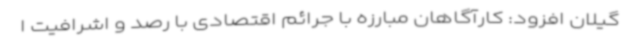
گیلان افزود: کارآگاهان مبارزه با جرائم اقتصادی با رصد و اشرافیت ا